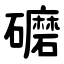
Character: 礳